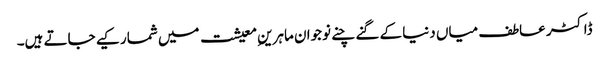
ڈاکٹر عاطف میاں دنیا کے گنے چنے نوجوان ماہرینِ معیشت میں شمار کیے جاتے ہیں۔